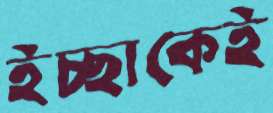
ইচ্ছাকেই